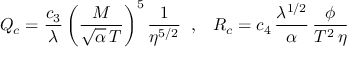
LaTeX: Q _ { c } = \frac { c _ { 3 } } { \lambda } \left( \frac { M } { \sqrt { \alpha } \, T } \right) ^ { 5 } \frac { 1 } { \eta ^ { 5 / 2 } } \; \; , \; \; \; R _ { c } = c _ { 4 } \, \frac { \lambda ^ { 1 / 2 } } { \alpha } \, \frac { \phi } { T ^ { 2 } \, \eta }